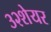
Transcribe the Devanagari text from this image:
३२शेयर